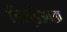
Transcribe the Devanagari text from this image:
चिन्हेआता